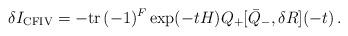
LaTeX: \begin{align*}\delta I_{\rm CFIV} = - {\rm tr} \, (-1)^{F} \exp(-tH)Q_+ [\bar{Q}_-, \delta R ](-t) \,.\end{align*}